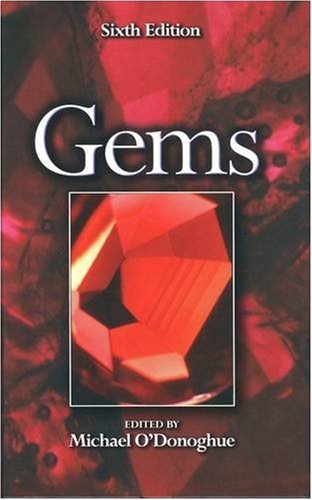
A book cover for Gems; Science & Math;